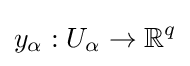
y_{\alpha }:U_{\alpha }\rightarrow \mathbb {R} ^{q}